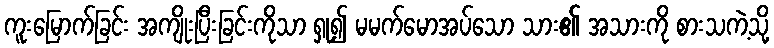
ကူးမြောက်ခြင်း အကျိုးပြီးခြင်းကိုသာ ရှု၍ မမက်မောအပ်သော သား၏ အသားကို စားသကဲ့သို့